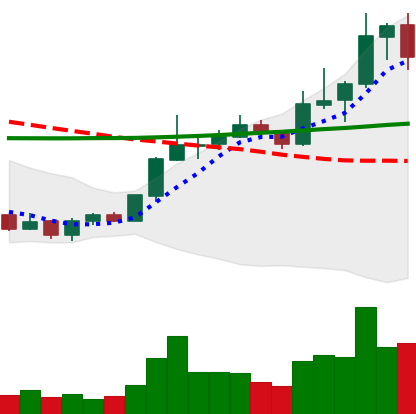
Ticker: LINK-USD
Chart end date: 2020-01-19
Forward return: -4.374%
Label: down_3_5